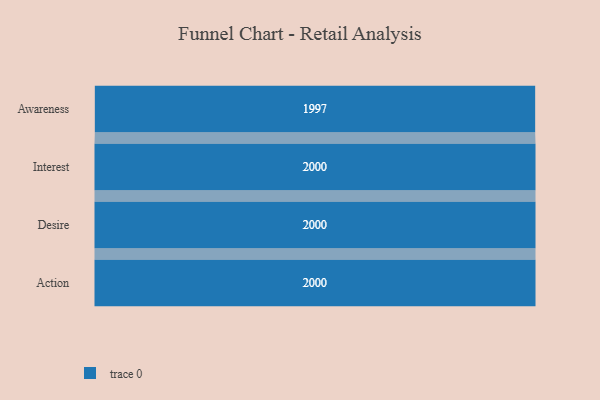
{"axis": {"x": "Stage", "y": "Value"}, "legend": [""], "data": [{"x": "Awareness", "y": 1997.0, "type": ""}, {"x": "Interest", "y": 2000, "type": ""}, {"x": "Desire", "y": 2000, "type": ""}, {"x": "Action", "y": 2000, "type": ""}]}